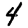
Digit: 4